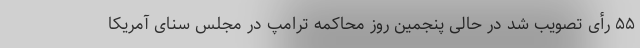
۵۵ رأی تصویب شد در حالی پنجمین روز محاکمه ترامپ در مجلس سنای آمریکا